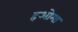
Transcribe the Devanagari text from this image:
हओमा